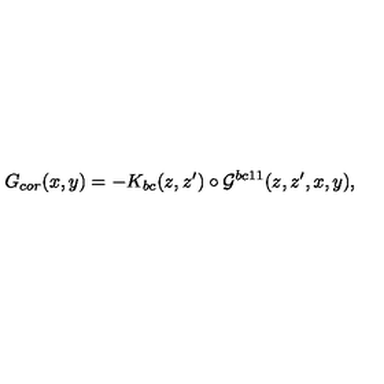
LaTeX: G _ { c o r } ( x , y ) = - K _ { b c } ( z , z ^ { \prime } ) \circ { \cal { G } } ^ { b c 1 1 } ( z , z ^ { \prime } , x , y ) ,